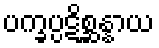
ပက္ခပ္ပဋိစ္ဆန္နာယ